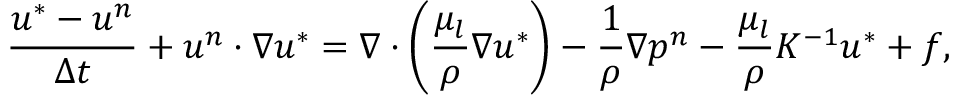
\frac { \boldsymbol { u } ^ { * } - \boldsymbol { u } ^ { n } } { \Delta t } + \boldsymbol { u } ^ { n } \cdot \nabla \boldsymbol { u } ^ { * } = \nabla \cdot \left( \frac { \mu _ { l } } { \rho } \nabla \boldsymbol { u } ^ { * } \right) - \frac { 1 } { \rho } \nabla p ^ { n } - \frac { \mu _ { l } } { \rho } K ^ { - 1 } \boldsymbol { u } ^ { * } + \boldsymbol { f } ,